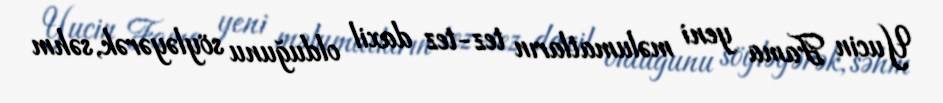
Yucin Fama yeni məlumatların tez-tez daxil olduğunu söyləyərək, səhm